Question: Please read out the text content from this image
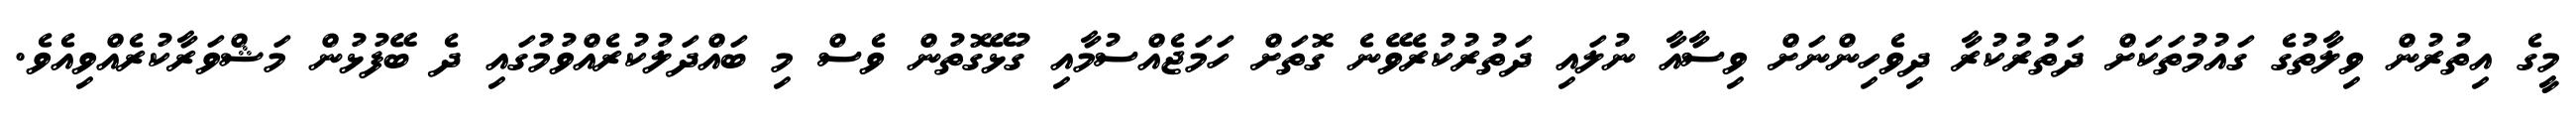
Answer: މީގެ އިތުރުން ވިލާތުގެ ގައުމުތަކަށް ދަތުރުކުރާ ދިވެހިންނަށް ވިސާއާ ނުލައި ދަތުރުކުރެވޭނެ ގޮތަށް ހަމަޖެއްސުމާއި ގުޅޭގޮތުން ވެސް މި ބައްދަލުކުރެއްވުމުގައި ދެ ބޭފުޅުން މަޝްވަރާކުރެއްވިއެވެ.